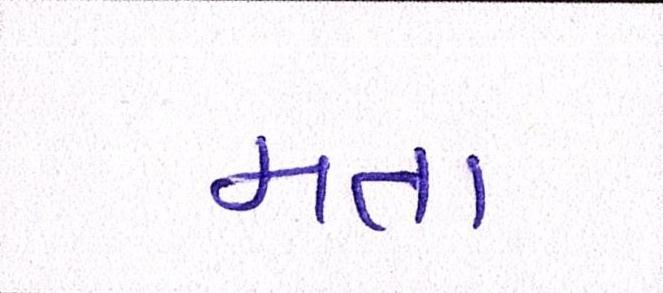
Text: મતા